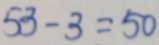
5 3 - 3 = 5 0